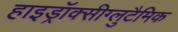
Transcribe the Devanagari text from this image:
हाइड्रॉक्सीग्लुटैमिक